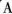
A